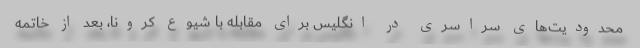
محدودیت‌های سراسری در انگلیس برای مقابله با شیوع کرونا، بعد از خاتمه